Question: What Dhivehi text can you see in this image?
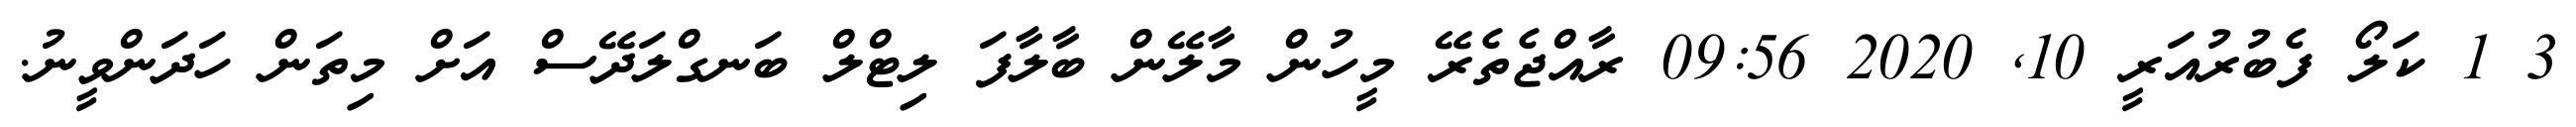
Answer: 3 1 ކަލޯ ފެބުރުއަރީ 10, 2020 09:56 ރާއްޖެތެރޭ މީހުން މާލޭން ބާލާފަ ލިޓްލް ބަނގްލަދޭސް އަށް މިތަން ހަދަންވީނު.